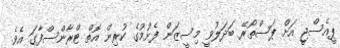
ޕީއެސްޖީ އަށް ޕަސްތޯރޭ ބަދަލުވީ މިސީޒަން ފެށުމުގެ ކުރިން އޮތް ޓްރާންސްފާގަ އެވެ.